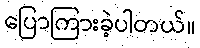
ပြောကြားခဲ့ပါတယ်။